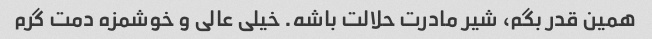
همین قدر بگم، شیر مادرت حلالت باشه. خیلی عالی و خوشمزه دمت گرم